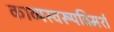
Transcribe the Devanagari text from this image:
काव्यस्वरूपविमर्श